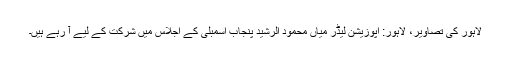
لاہور کی تصاویر، لاہور: اپوزیشن لیڈر میاں محمود الرشید پنجاب اسمبلی کے اجلاس میں شرکت کے لیے آ رہے ہیں۔